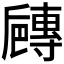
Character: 𡭐